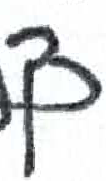
אות: ך